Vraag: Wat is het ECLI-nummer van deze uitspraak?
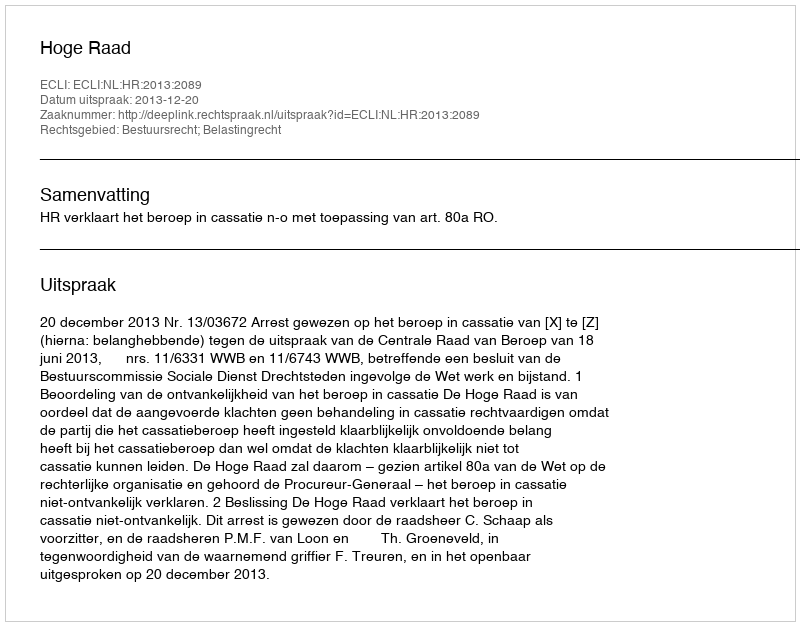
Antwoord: ECLI:NL:HR:2013:2089